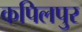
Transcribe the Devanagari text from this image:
कपिलपुर